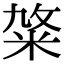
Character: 𥹛